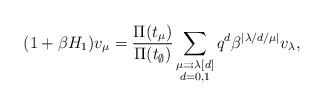
LaTeX: \begin{align*}(1+\beta H_{1})v_{\mu }=\frac{\Pi (t_{\mu })}{\Pi (t_{\emptyset })}\sum _{\substack{ \mu\rightrightarrows\lambda[d] \\ d=0,1}}q^{d}\beta ^{|\lambda/d/\mu |}v_{\lambda }, \end{align*}